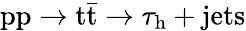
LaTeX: \mathrm{pp}\rightarrow\mathrm{t}\bar{\mathrm{t}}\rightarrow\tau_{\mathrm{h}}+\mathrm{jets}